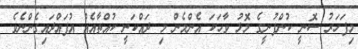
މިފަހަރު ސޮނީ ކުންފުނީގެ މޮޅު ވާހަކަ އެންމެން މި ދައްކަނީ ކުއްތާއެއް އުފައްދައިގެންނެވެ.